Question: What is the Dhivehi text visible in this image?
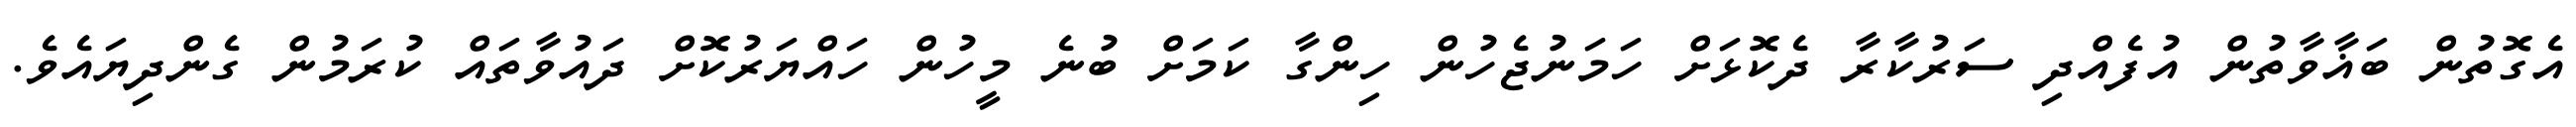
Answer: އެގޮތުން ބަޣާވާތުން އުފެއްދި ސަރުކާރާ ދެކޮޅަށް ހަމަނުޖެހުން ހިންގާ ކަމަށް ބުނެ މީހުން ހައްޔަރުކޮށް ދައުވާތައް ކުރަމުން ގެންދިޔައެވެ.